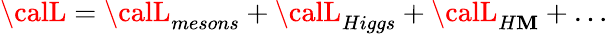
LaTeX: {\calL}={\calL}_{mesons}+{\calL}_{Higgs}+{\calL}_{H\mathbf{M}}+\ldots